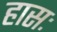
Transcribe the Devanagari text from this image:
हासः